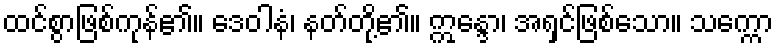
ထင်စွာဖြစ်ကုန်၏။ ဒေဝါနံ၊ နတ်တို့၏။ ဣန္ဒော၊ အရှင်ဖြစ်သော။ သက္ကော